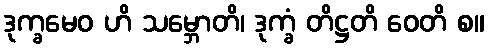
ဒုက္ခမေဝ ဟိ သမ္ဘောတိ၊ ဒုက္ခံ တိဋ္ဌတိ ဝေတိ စ။